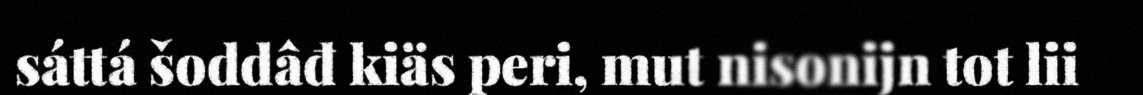
sáttá šoddâđ kiäs peri, mut nisonijn tot lii